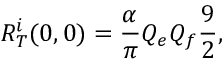
R _ { T } ^ { i } ( 0 , 0 ) = \frac { \alpha } { \pi } Q _ { e } Q _ { f } \frac { 9 } { 2 } ,